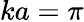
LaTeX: ka=\pi